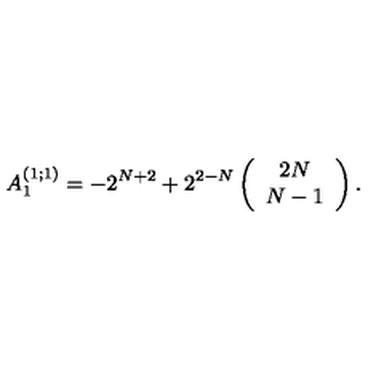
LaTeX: A _ { 1 } ^ { ( 1 ; 1 ) } = - 2 ^ { N + 2 } + 2 ^ { 2 - N } \left( \begin{array} { c } { 2 N } \\ { N - 1 } \\ \end{array} \right) .